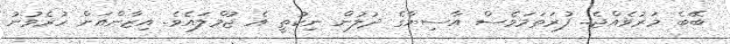
ބޭބެ މަރުވެއްޖެ.. ފުރަތަމަވެސް އާސިޔާގެ ދުލުން ނިކުތީ އެ ޖުމްލައެވެ. އިޒާންއަށް ހުރެވުނު